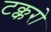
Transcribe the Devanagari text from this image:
टक्करो